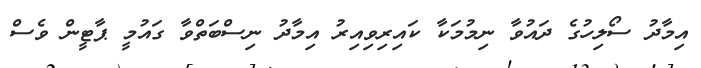
އިމާދު ސޯލިހުގެ ދައުވާ ނިމުމަކާ ކައިރިވިއިރު އިމާދު ނިސްބަތްވާ ގައުމީ ޕާޓީން ވެސް